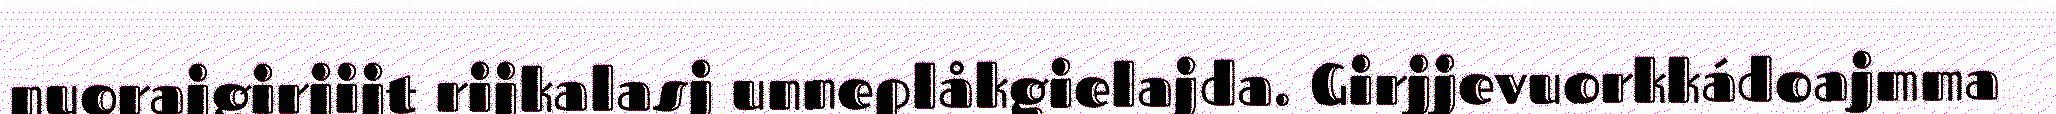
nuorajgirjijt rijkalasj unneplåkgielajda. Girjjevuorkkádoajmma